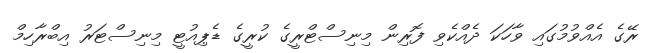
ރޭގެ އެއްވުމުގައި ވާހަކަ ދެއްކެވި ފޮރިން މިނިސްޓްރީގެ ކުރީގެ ޑެޕިއުޓީ މިނިސްޓަރު އިބްރާހިމް